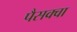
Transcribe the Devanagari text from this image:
पैसक्वा